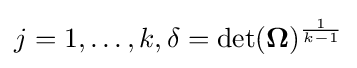
j=1,\dots ,k,\delta =\det({\boldsymbol {\Omega }})^{\frac {1}{k-1}}